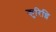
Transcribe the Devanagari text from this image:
कुरिञ्ञि